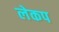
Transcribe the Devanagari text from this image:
लेकप